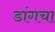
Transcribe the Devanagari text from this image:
डांगचा